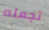
تجعله